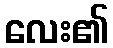
လေး၏